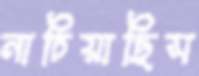
নাচিয়াছিস